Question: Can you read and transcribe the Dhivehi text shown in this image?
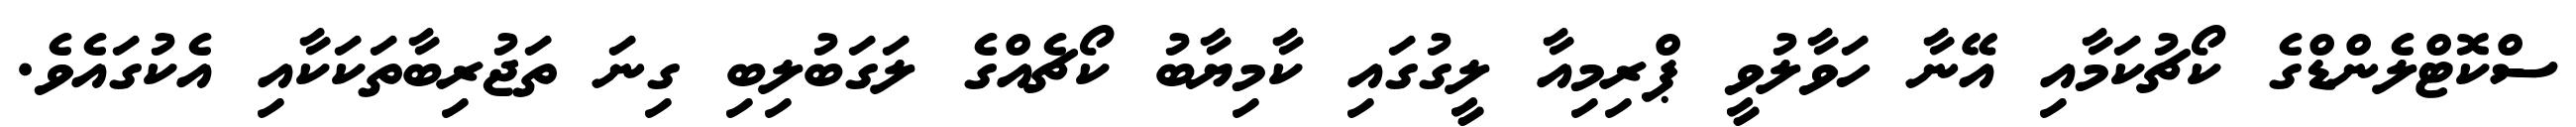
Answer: ސްކޮޓްލެންޑްގެ ކޯޗުކަމާއި އޭނާ ހަވާލުވީ ޕްރިމިއާ ލީގުގައި ކާމިޔާބު ކޯޗެއްގެ ލަގަބުލިބި ގިނަ ތަޖުރިބާތަކަކާއި އެކުގައެވެ.